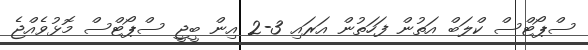
ސްޕޯޓްސް ކްލަބް އަތުން ފަހަތުން އަރައި 3-2 އިން ބީޖީ ސްޕޯޓްސް މޮޅުވެއްޖެ